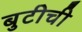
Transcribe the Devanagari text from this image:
बुटीची